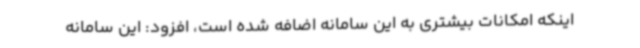
اینکه امکانات بیشتری به این سامانه اضافه شده است، افزود: این سامانه